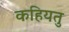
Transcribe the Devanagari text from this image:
कहियतु